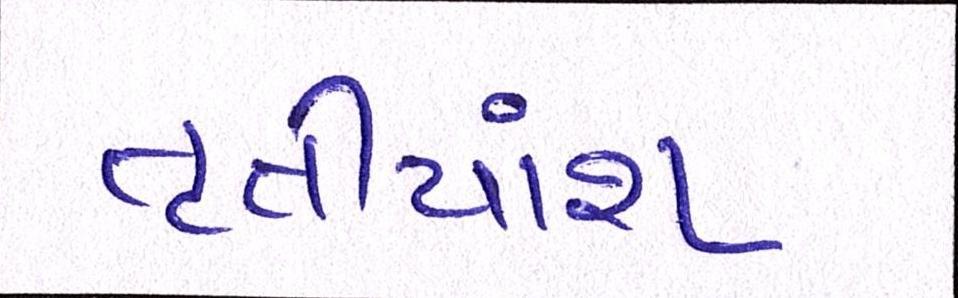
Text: તૃતીયાંશ